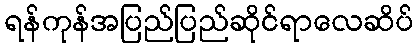
ရန်ကုန်အပြည်ပြည်ဆိုင်ရာလေဆိပ်